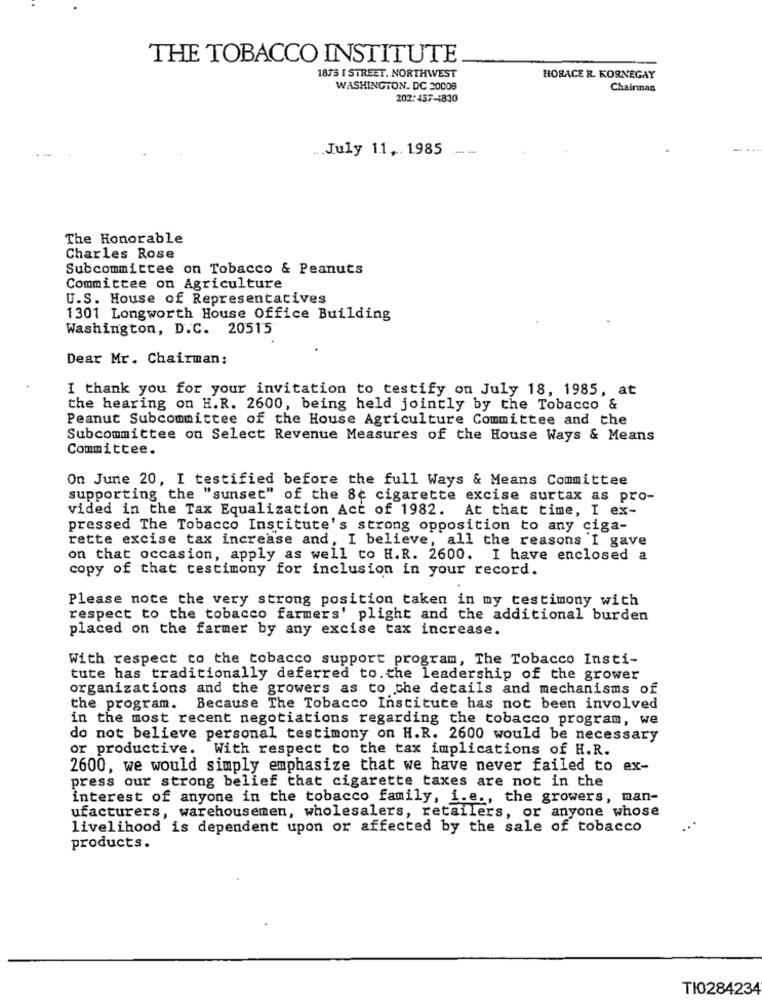
THE TOBACCO INSTITUTE
1875 [ STREET. NORTHWEST
HORACE R. KORNEGAY
WASHINGTON, DC 20006
Chairman
202:457-1830
... July 11 ,. 1985
The Honorable
Charles Rose
Subcommittee on Tobacco & Peanuts
Committee on Agriculture
U.S. House of Representatives
1301 Longworth House Office Building
Washington, D.C. 20515
Dear Mr. Chairman:
I thank you for your invitation to testify on July 18, 1985, at
the hearing on H.R. 2600, being held jointly by the Tobacco &
Peanut Subcommittee of the House Agriculture Committee and the
Subcommittee on Select Revenue Measures of the House Ways & Means
Committee.
On June 20, I testified before the full Ways & Means Committee
supporting the "sunset" of the 8¢ cigarette excise surtax as pro-
vided in the Tax Equalization Act of 1982. At that time, I ex-
pressed The Tobacco Institute's strong opposition to any ciga-
rette excise tax increase and, I believe, all the reasons I gave
on that occasion, apply as well to H.R. 2600. I have enclosed a
copy of that testimony for inclusion in your record.
Please note the very strong position taken in my testimony with
respect to the tobacco farmers' plight and the additional burden
placed on the farmer by any excise tax increase.
With respect to the tobacco support program, The Tobacco Insti-
tute has traditionally deferred to. the leadership of the grower
organizations and the growers as to the details and mechanisms of
the program. Because The Tobacco Institute has not been involved
in the most recent negotiations regarding the tobacco program, we
do not believe personal testimony on H.R. 2600 would be necessary
or productive. With respect to the tax implications of H.R.
2600, we would simply emphasize that we have never failed to ex-
press our strong belief that cigarette taxes are not in the
interest of anyone in the tobacco family, i.e ., the growers, man-
ufacturers, warehousemen, wholesalers, retailers, or anyone whose
livelihood is dependent upon or affected by the sale of tobacco
products.
TI0284234